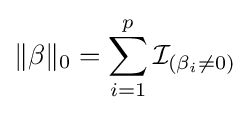
\|\beta \|_{0}=\sum _{i=1}^{p}{\mathcal {I}}_{(\beta _{i}\neq 0)}